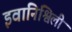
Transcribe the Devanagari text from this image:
इवानिश्विली